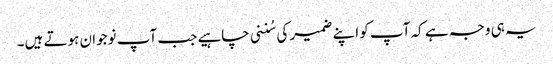
یہ ہی وجہ ہے کہ آپ کو اپنے ضمیر کی سُننی چاہیے جب آپ نوجوان ہوتے ہیں۔